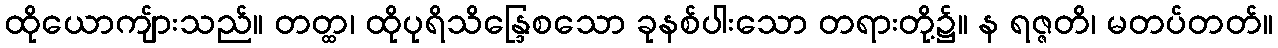
ထိုယောကျ်ားသည်။ တတ္ထ၊ ထိုပုရိသိန္ဒြေစသော ခုနစ်ပါးသော တရားတို့၌။ န ရဇ္ဇတိ၊ မတပ်တတ်။